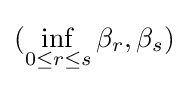
(\inf _{0\leq r\leq s}\beta _{r},\beta _{s})